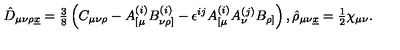
\hat { D } _ { \mu \nu \rho \underline { { x } } } = { \textstyle \frac { 3 } { 8 } } \left( C _ { \mu \nu \rho } - A _ { [ \mu } ^ { ( i ) } B _ { \nu \rho ] } ^ { ( i ) } - \epsilon ^ { i j } A _ { [ \mu } ^ { ( i ) } A _ { \nu } ^ { ( j ) } B _ { \rho ] } \right) , \hat { \rho } _ { \mu \nu \underline { { x } } } = { \textstyle \frac { 1 } { 2 } } \chi _ { \mu \nu } .